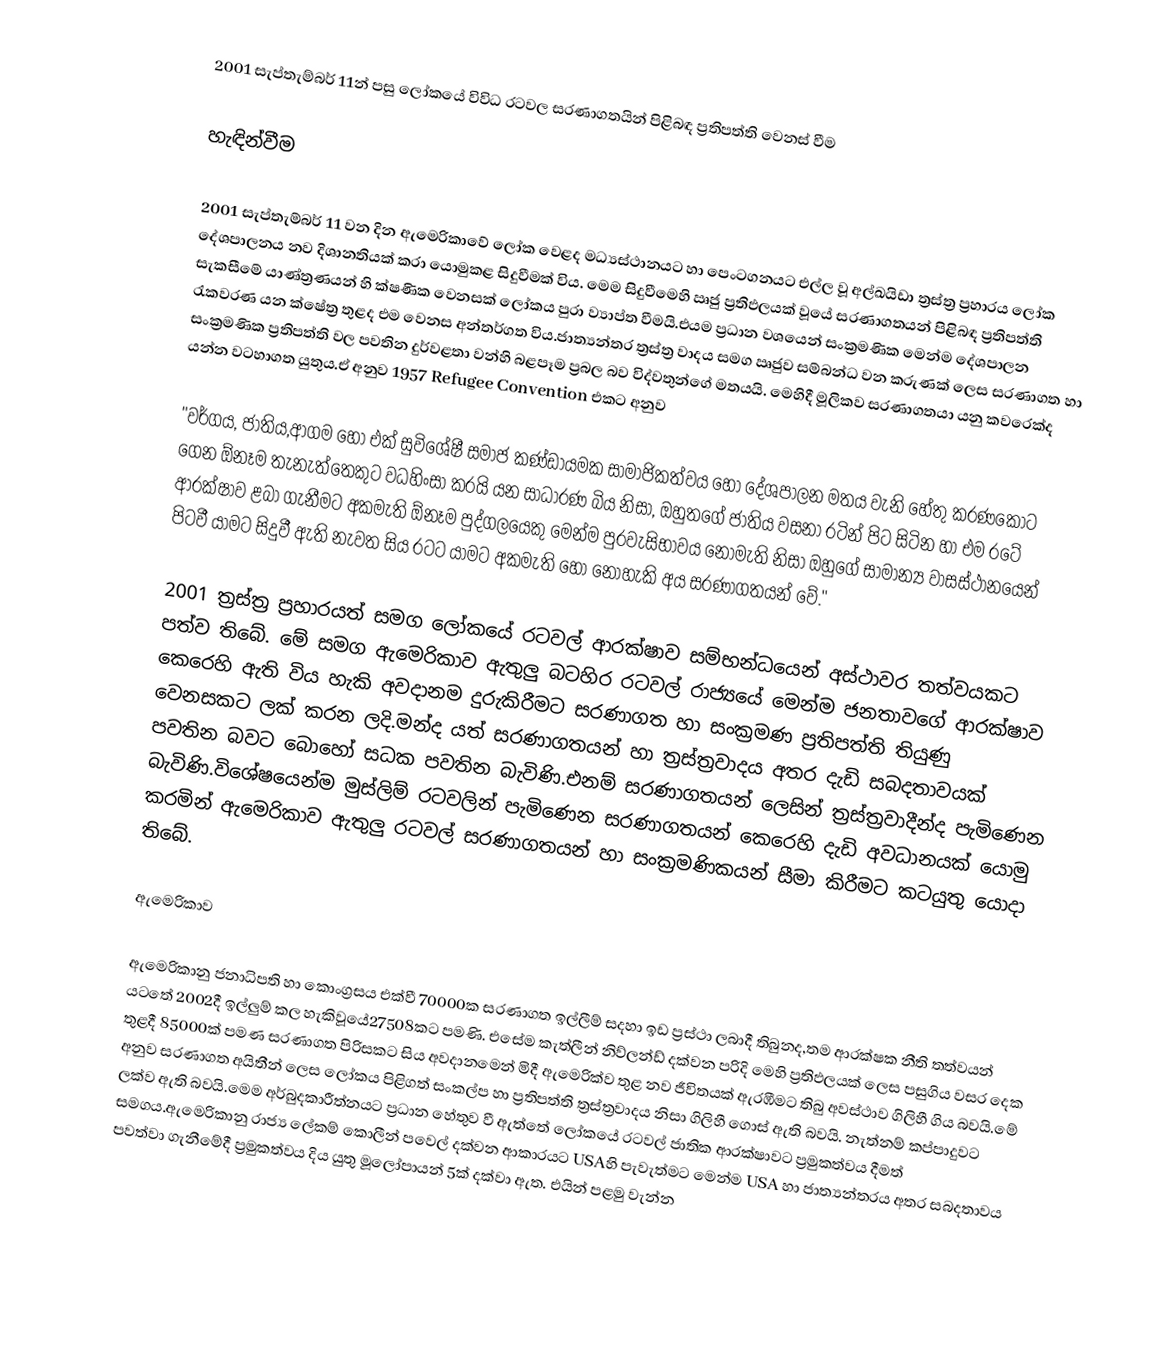
2001 සැප්තැම්බර් 11න් පසු ලෝකයේ විවිධ රටවල සරණාගතයින් පිළිබඳ ප්‍රතිපත්ති වෙනස් වීම

හැඳින්වීම

2001 සැප්තැම්බර් 11 වන දින ඇමෙරිකාවේ ලෝක වෙළද මධ්‍යස්ථානයට හා පෙංටගනයට එල්ල වූ අල්ඛයිඩා ත්‍රස්ත්‍ර ප්‍රහාරය ලෝක දේශපාලනය නව දිශානතියක් කරා යොමුකළ සිදුවීමක් විය. මෙම සිදුවීමෙහි ඍජු ප්‍රතිඵලයක් වූ‍යේ සරණාගතයන් පිළිබඳ ප්‍රතිපත්ති සැකසීමේ යාණ්ත්‍රණයන් හි ක්ෂණික වෙනසක් ලෝකය පුරා ව්‍යාප්ත වීමයි.එයම ප්‍රධාන වශයෙන් සංක්‍රමණික මෙන්ම දේශපාලන රැකවරණ යන ක්ෂේත්‍ර තුළද එම වෙනස අන්තර්ගත විය.ජාත්‍යන්තර ත්‍රස්ත්‍ර වාදය සමග ඍජුව සම්බන්ධ වන කරුණක් ලෙස සරණාගත හා සංක්‍රමණික ප්‍රතිපත්ති වල පවතින දුර්වළතා වන්හි බළපෑම ප්‍රබල බව විද්වතුන්ගේ මතයයි. ‍මෙහිදී මූලිකව සරණාගතයා යනු කවරෙක්ද යන්න වටහාගත යුතුය.ඒ අනුව 1957 Refugee Convention එකට අනුව

"වර්ගය, ජාතිය,ආගම හෝ එක් සුවිශේෂී සමාජ කණ්ඩායමක සාමාජිකත්වය හෝ දේශපාලන මතය වැනි හේතු කරණකොට ගෙන ඕනෑම තැනැත්තෙකුට වධහිංසා කරයි යන සාධාරණ බිය නිසා, ඔහුතගේ ජාතිය වසනා රටින් පිට සිටින හා එම රටේ ආරක්ෂාව ළබා ගැනීමට අකමැති  ඕනෑම පුද්ගලයෙකු මෙන්ම පුරවැසිභාවය නොමැති නිසා ඔහුගේ සාමාන්‍ය වාසස්ථානයෙන් පිටවී යාමට සිදුවී ඇති නැවත සිය රටට යාමට අකමැති හෝ නොහැකි අය සරණාගතයන් වේ."

2001 ත්‍රස්ත්‍ර ප්‍රහාරයත් සමග ලෝකයේ රටවල් ආරක්ෂාව සම්භන්ධයෙන් අස්ථාවර තත්වයකට පත්ව තිබේ. මේ සමග ඇමෙරිකාව ඇතුලු බටහිර රටවල් රාජ්‍යයේ මෙන්ම ජනතාවගේ ආරක්ෂාව කෙරෙහි ඇති විය හැකි අවදානම දුරුකිරීමට සරණාගත හා සංක්‍රමණ ප්‍රතිපත්ති තියුණු වෙනසකට ලක් කරන ලදි.මන්ද යත් සරණාගතයන් හා ත්‍රස්ත්‍රවාදය අතර දැඩි සබදතාවයක් පවතින බවට බොහෝ සධක පවතින බැවිණි.එනම් සරණාගතයන් ලෙසින් ත්‍රස්ත්‍රවාදීන්ද පැමිණෙන බැවිණි.විශේෂයෙන්ම මුස්ලිම් රටවලින් පැමිණෙන සරණාගතයන් කෙරෙහි දැඩි අවධානයක් යොමු කරමින් ඇමෙරිකාව ඇතුලු රටවල් සරණාගතයන් හා සංක්‍රමණිකයන් සීමා කිරීමට කටයුතු යොදා තිබේ.

ඇමෙරිකාව

ඇමෙරිකානු ජනාධිපති හා කොංග්‍රසය එක්වී 70000ක සරණාගත ඉල්ලීම් සදහා ඉඩ ප්‍රස්ථා ලබාදී තිබුනද,තම ආරක්ෂක නීති තත්වයන් යටතේ 2002දී ඉල්ලුම් කල හැකිවූයේ27508කට පමණි. එසේම කැත්ලීන් නිව්ලන්ඩ් දක්වන පරිදි මෙහි ප්‍රතිඵලයක් ලෙස පසුගිය වසර දෙක තුළදී 85000ක් පමණ සරණාගත පිරිසකට සිය අවදානමෙන් මිදී ඇමෙරික්ව තුළ නව ජීවිතයක් ඇරඹීමට තිබු අවස්ථාව ගිලිහී ගිය බවයි.මේ අනුව සරණාගත අයිතීන් ලෙස ලෝකය පිළිගත් සංකල්ප හා ප්‍රතිපත්ති ත්‍රස්ත්‍රවාදය නිසා ගිලිහී ගොස් ඇති බවයි. නැත්නම් කප්පාදුවට ලක්ව ඇති බවයි.මෙ‍ම අර්බුදකාරීත්නයට ප්‍රධාන හේතුව වී ඇත්තේ ලෝකයේ රටවල් ජාතික ආරක්ෂාවට ප්‍රමුකත්වය දීමත් සමගය.ඇමෙරිකානු රාජ්‍ය ලේකම් කොලීන් පවෙල් දක්වන ආකාරයට USAහි පැවැත්මට මෙන්ම USA හා ජාත්‍යන්තරය අතර සබදතාවය පවත්වා ගැනීමේදී ප්‍රමුකත්වය දිය යුතු මූලෝපායන් 5ක් දක්වා ඇත. එයින් පළමු වැන්න